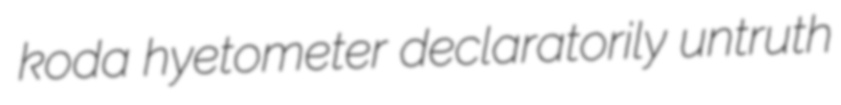
koda hyetometer declaratorily untruth